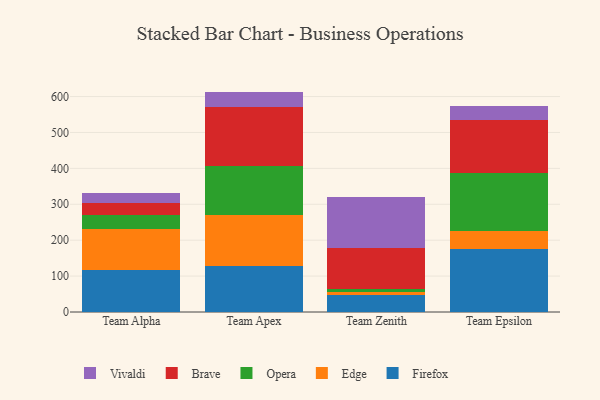
{"axis": {"x": "Team", "y": "Website Visitors"}, "legend": ["Brave", "Edge", "Firefox", "Opera", "Vivaldi"], "data": [{"x": "Team Alpha", "y": 115.6, "type": "Firefox"}, {"x": "Team Alpha", "y": 115.3, "type": "Edge"}, {"x": "Team Alpha", "y": 39.7, "type": "Opera"}, {"x": "Team Alpha", "y": 32.0, "type": "Brave"}, {"x": "Team Alpha", "y": 27.5, "type": "Vivaldi"}, {"x": "Team Apex", "y": 128.1, "type": "Firefox"}, {"x": "Team Apex", "y": 142.9, "type": "Edge"}, {"x": "Team Apex", "y": 135.3, "type": "Opera"}, {"x": "Team Apex", "y": 165.4, "type": "Brave"}, {"x": "Team Apex", "y": 42.1, "type": "Vivaldi"}, {"x": "Team Zenith", "y": 47.6, "type": "Firefox"}, {"x": "Team Zenith", "y": 8.3, "type": "Edge"}, {"x": "Team Zenith", "y": 9.1, "type": "Opera"}, {"x": "Team Zenith", "y": 113.5, "type": "Brave"}, {"x": "Team Zenith", "y": 143.1, "type": "Vivaldi"}, {"x": "Team Epsilon", "y": 176.7, "type": "Firefox"}, {"x": "Team Epsilon", "y": 50.0, "type": "Edge"}, {"x": "Team Epsilon", "y": 160.6, "type": "Opera"}, {"x": "Team Epsilon", "y": 147.6, "type": "Brave"}, {"x": "Team Epsilon", "y": 37.5, "type": "Vivaldi"}]}